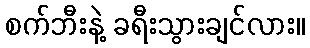
စက်ဘီးနဲ့ ခရီးသွားချင်လား။